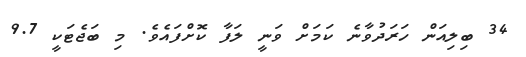
34 ބިލިއަން ހަރަދުވާނެ ކަމަށް ވަނީ ލަފާ ކޮށްފައެވެ. މި ބަޖެޓަކީ 9.7